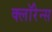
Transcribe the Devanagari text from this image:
क्लॉरेन्स